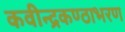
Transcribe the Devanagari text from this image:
कवीन्द्रकण्ठाभरण